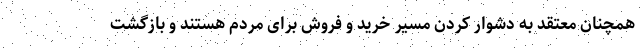
همچنان معتقد به دشوار کردن مسیر خرید و فروش برای مردم هستند و بازگشت